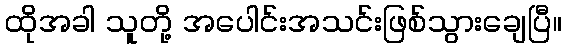
ထိုအခါ သူတို့ အပေါင်းအသင်းဖြစ်သွားချေပြီ။